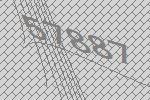
57887